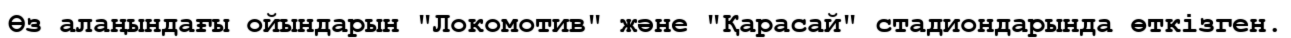
Өз алаңындағы ойындарын "Локомотив" және "Қарасай" стадиондарында өткізген.